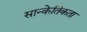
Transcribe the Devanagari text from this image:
सान्केतिकता